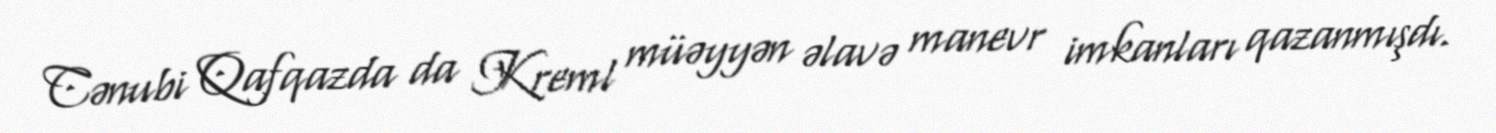
Cənubi Qafqazda da Kreml müəyyən əlavə manevr imkanları qazanmışdı.